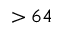
> 6 4